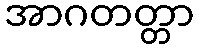
အာဂတတ္တာ